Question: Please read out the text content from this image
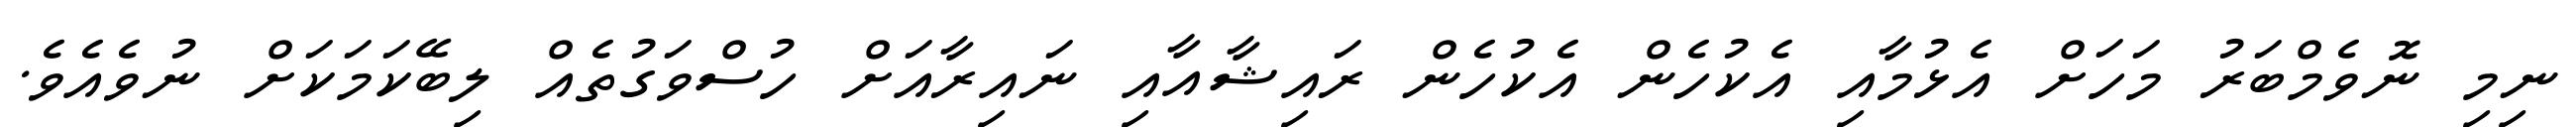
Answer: ނިމި ނޮވެމްބަރު މަހަށް އެޅުމާއި އެކުހެން އެކުހެން ރައިޝާއާއި ނައިރާއަށް ހުސްވަގުތެއް ލިބޭކަމަކަށް ނުވެއެވެ.